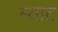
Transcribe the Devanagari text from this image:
म्याट